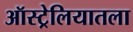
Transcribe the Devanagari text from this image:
ऑस्ट्रेलियातला